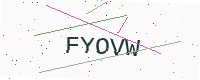
Text: FYOVW